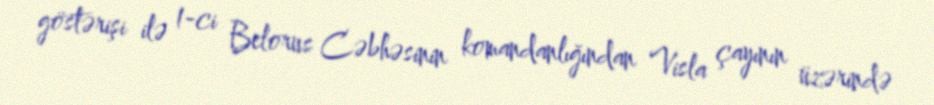
göstərişi ilə 1-ci Belorus Cəbhəsinin komandanlığından Visla çayının üzərində